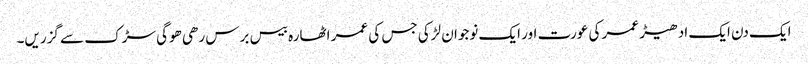
ایک دن ایک ادھیڑ عمر کی عورت اور ایک نوجوان لڑکی جس کی عمر اٹھارہ بیس برس رھی ھوگی سڑک سے گزریں۔